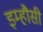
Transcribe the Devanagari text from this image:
इम्हौसी